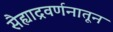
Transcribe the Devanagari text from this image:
सैह्याद्रवर्णनातून